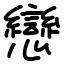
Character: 戀